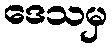
ဒေသမှ